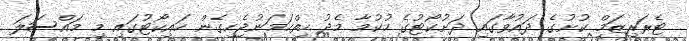
ޓެރަރިޒަމް ކުށުގެ ދައުވާގައި ދަށުކޯޓުގެ ހުކުމާ މެދު ހިތްހަމަނުޖެހިގެން ހައިކޯޓުގައި މި މައްސަލަ